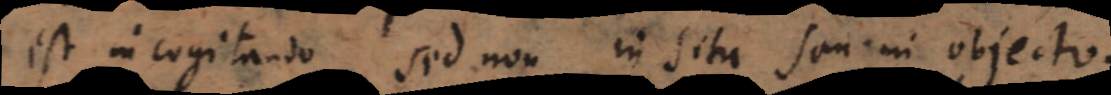
est in cogitando sed non in situ seu in objecto.